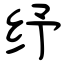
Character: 纾